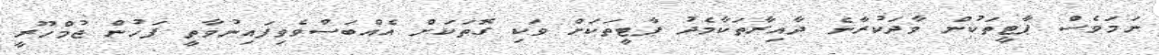
ނަމަވެސް ޕާޓީތަކުން ވާދަކުރާނެ ދާއިރާތަކާމެދު ޕާޓީތަކަށް ވަކި ގޮތަކަށް އެއްބަސްވެވިފައިނުވާތީ ފަހުން ޖުމްހޫރީ